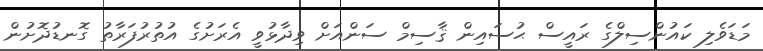
މަޑަވެލި ކައުންސިލްގެ ރައީސް ޙުސައިން ޤާސިމް ސަންއަށް ވިދާޅުވީ އެރަށުގެ އުތުރުފަރާތު ގޮނޑުދޮށުން